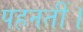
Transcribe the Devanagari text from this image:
पहनतीं।